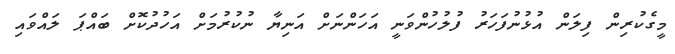
މީގެކުރިން ފިލަން އުޅުނުފަހަރު ފުލުހުންވަނީ އަހަންނަށް އަނިޔާ ނުކުރުމަށް އަހުދުކޮށް ބައްޕަ ލައްވައި